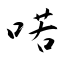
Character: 喏